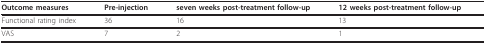
<table><thead><tr><td><b>Outcome measures</b></td><td><b>Pre-injection</b></td><td><b>seven weeks post-treatment follow-up</b></td><td><b>12 weeks post-treatment follow-up</b></td></tr></thead><tbody><tr><td>Functional rating index</td><td>36</td><td>16</td><td>13</td></tr><tr><td>VAS</td><td>7</td><td>2</td><td>1</td></tr></tbody></table>